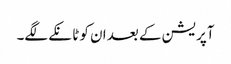
آپریشن کے بعد ان کو ٹانکے لگے۔